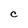
Character: C